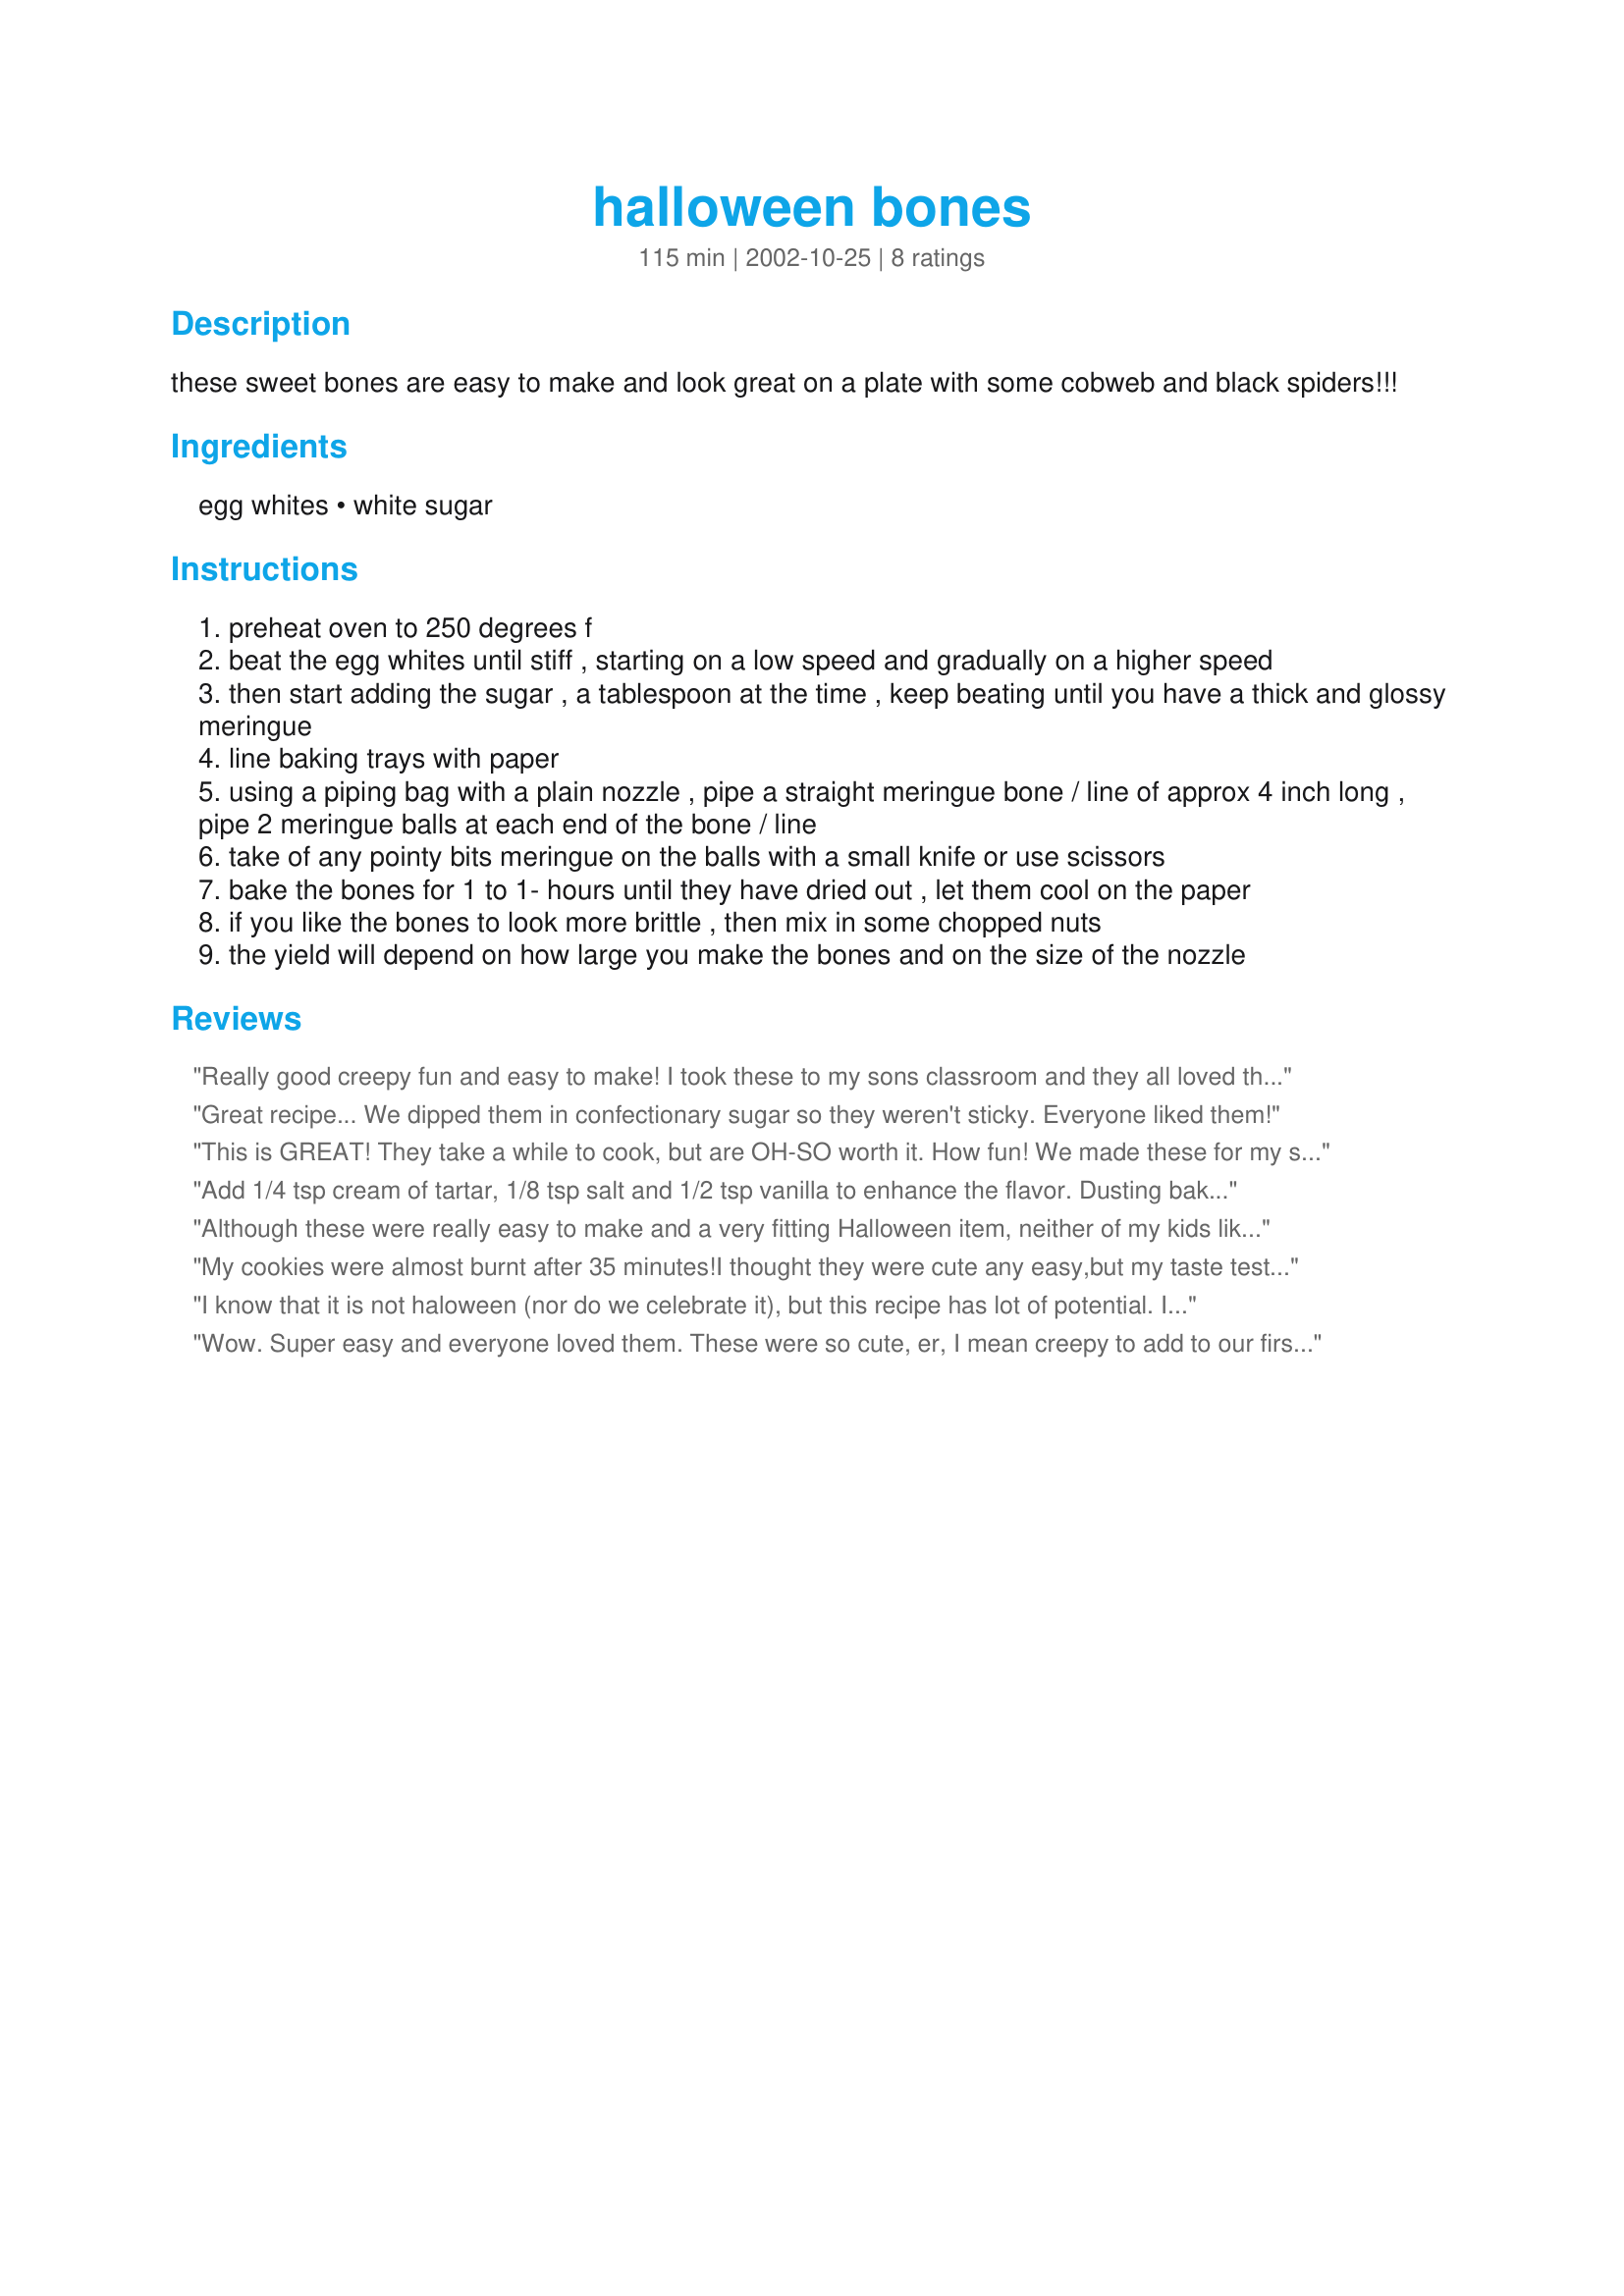
halloween bones
Preparation time: 115 minutes

these sweet bones are easy to make and look great on a plate with some cobweb and black spiders!!!

Ingredients:
egg whites, white sugar

Steps:
preheat oven to 250 degrees f
beat the egg whites until stiff , starting on a low speed and gradually on a higher speed
then start adding the sugar , a tablespoon at the time , keep beating until you have a thick and glossy meringue
line baking trays with paper
using a piping bag with a plain nozzle , pipe a straight meringue bone / line of approx 4 inch long , pipe 2 meringue balls at each end of the bone / line
take of any pointy bits meringue on the balls with a small knife or use scissors
bake the bones for 1 to 1- hours until they have dried out , let them cool on the paper
if you like the bones to look more brittle , then mix in some chopped nuts
the yield will depend on how large you make the bones and on the size of the nozzle

Reviews:
Really good creepy fun and easy to make! I took these to my sons classroom and they all loved them. I used broken nuts in the first batch. 2nd batch, after baking I dipped in barely melted white frosting & put them in the fridge to set. They were displayed on a plate mounded with oreo cookie crumbs (for graveyard dirt) and also buried a few plastic orange & black spiders. Thanks!
Great recipe... We dipped them in confectionary sugar so they weren't sticky. Everyone liked them!
This is GREAT! They take a while to cook, but are OH-SO worth it. How fun! We made these for my son's Halloween-themed birthday party!
Add 1/4 tsp cream of tartar, 1/8 tsp salt and 1/2 tsp vanilla to enhance the flavor. Dusting baked 'bones'
with XXX sugar is a good idea!
Although these were really easy to make and a very fitting Halloween item, neither of my kids liked them and my husband didn't either. Is there anyway some flavoring could be added? Sorry. They did look great though--love the idea.
My cookies were almost burnt after 35 minutes!I thought they were cute any easy,but my taste tester gave me a thumbs down. I am going to make another batch and use shorter bake time.
I know that it is not haloween (nor do we celebrate it), but this recipe has lot of potential. I make vmeringues often and always in the form of a kiss cookie. This gave me a great idea and this time I made them into the shape of hearts and added 1 drop of pink food coloring to the mix. This was really pretty and easy and my kids thought that they were really neat. Now I am thinking of other great shapes and colors.
Wow. Super easy and everyone loved them. These were so cute, er, I mean creepy to add to our first Halloween party. The kids all lvoed them. Thanks PetsRus
